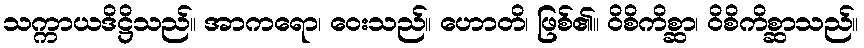
သက္ကာယဒိဋ္ဌိသည်။ အာကရော၊ ဝေးသည်။ ဟောတိ၊ ဖြစ်၏။ ဝိစိကိစ္ဆာ၊ ဝိစိကိစ္ဆာသည်။